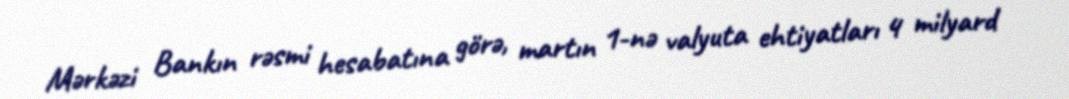
Mərkəzi Bankın rəsmi hesabatına görə, martın 1-nə valyuta ehtiyatları 4 milyard